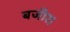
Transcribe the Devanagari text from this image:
बजीर।